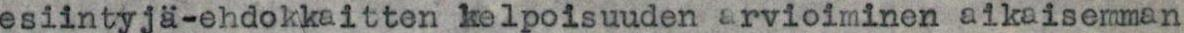
esiintyjä-ehdokkaitten kelpoisuuden arvioiminen aikaisemman